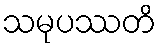
သမုပဿတိ